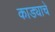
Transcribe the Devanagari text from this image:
काड्याचे